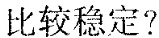
比较稳定?